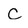
Character: c